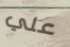
علي